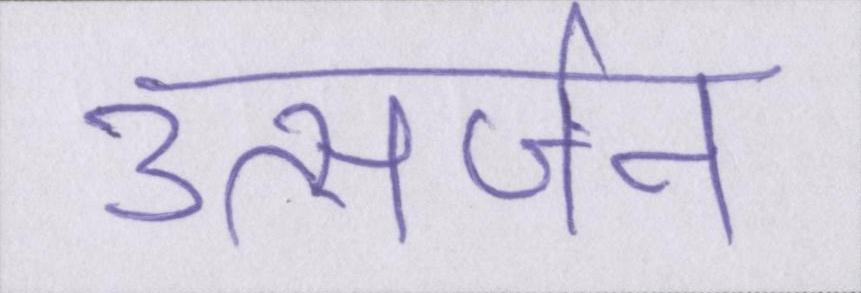
उत्सर्जन